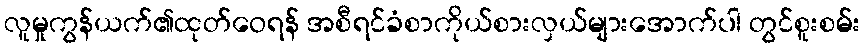
လူမှုကွန်ယက်၏ထုတ်ဝေရန် အစီရင်ခံစာကိုယ်စားလှယ်များအောက်ပါ တွင်စူးစမ်း